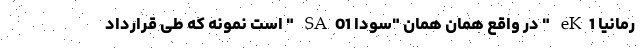
رمانیا eK1 " در واقع همان همان "سودا SA01 " است نمونه که طی قرارداد